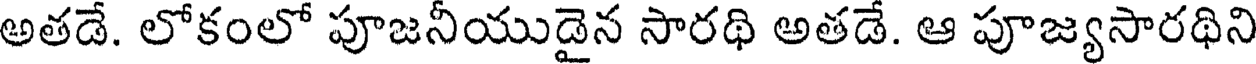
అతడే. లోకంలో పూజనీయుడైన సారథి అతడే. ఆ పూజ్యసారథిని